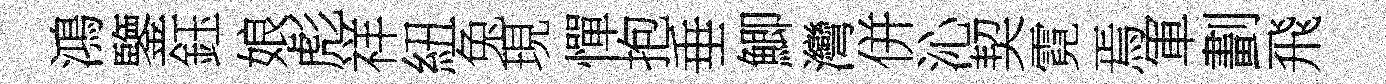
鴻鑒鈺娘彪祥紐兔現憚抱垂鯽灣併沁契霓焉軍劃飛